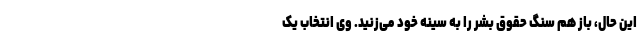
این حال، باز هم سنگ حقوق بشر را به سینه خود می‌زنید. وی انتخاب یک